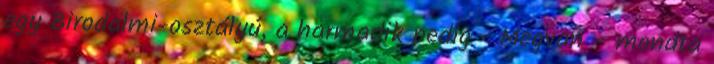
egy Birodalmi-osztályú, a harmadik pedig - Megvan – mondta